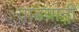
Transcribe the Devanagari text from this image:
वाडय़ांनी